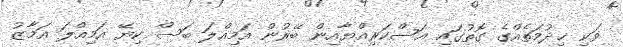
ވަކި ޚިދުމަތެއްގެ ގޮތުގައި އަސްކަރިއްޔާއިން ބޭރުން އަމިއްލަ ބަސް ކިޔޭ އަމިއްލަ އަމާޒު